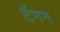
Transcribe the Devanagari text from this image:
टैंगन